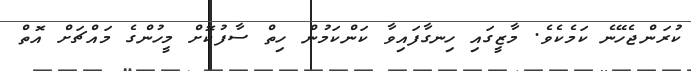
ކުރަންޖެހޭނެ ކަމެކެވެ. މާޒީގައި ހިނގާފައިވާ ކަންކަމުން ހިތް ސާފުކޮށް މީހުންގެ މައްޗަށް އޮތް